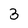
Character: 3